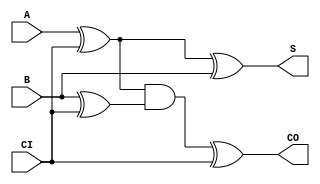
`timescale 1ns / 1ps

module FA( 
	input A, B, CI,
	output S, CO
);

	wire   n1, n2, n3;

	assign n1 = A^CI;
	assign n2 = B^CI;
	assign n3 = n1&n2;
	assign S  = n1^B;
	assign CO = n3^CI;

  
endmodule